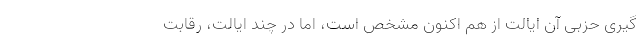
گیری حزبی آن ایالت از هم اکنون مشخص است، اما در چند ایالت، رقابت